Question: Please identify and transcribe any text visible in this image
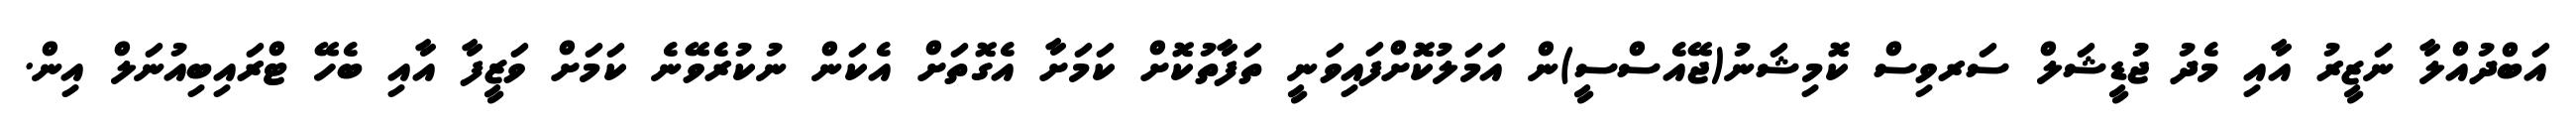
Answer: އަބްދުއްލާ ނަޒީރު އާއި މެދު ޖުޑީޝަލް ސަރވިސް ކޮމިޝަނު(ޖޭއެސްސީ)ން އަމަލުކޮށްފައިވަނީ ތަފާތުކޮށް ކަމަށާ އެގޮތަށް އެކަން ނުކުރެވޭނެ ކަމަށް ވަޒީފާ އާއި ބެހޭ ޓްރައިބިއުނަލް އިން.